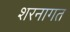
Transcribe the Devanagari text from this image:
शरनागत